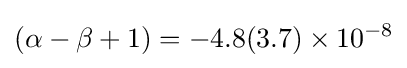
(\alpha -\beta +1)=-4.8(3.7)\times 10^{-8}